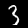
Label: 3